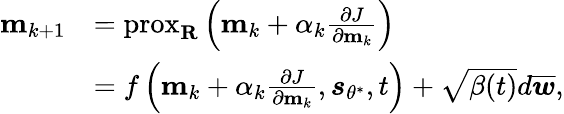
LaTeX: \begin{array}{rl}{\mathbf{m}_{k+1}}&{=\operatorname{prox}_{\mathbf{R}}\left(\mathbf{m}_{k}+\alpha_{k}\frac{\partial J}{\partial\mathbf{m}_{k}}\right)}\\ &{=f\left(\mathbf{m}_{k}+\alpha_{k}\frac{\partial J}{\partial\mathbf{m}_{k}},\boldsymbol{s}_{\theta^{*}},t\right)+\sqrt{\beta(t)}d\overline{{\boldsymbol{w}}},}\end{array}